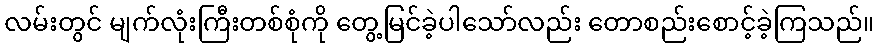
လမ်းတွင် မျက်လုံးကြီးတစ်စုံကို တွေ့မြင်ခဲ့ပါသော်လည်း တောစည်းစောင့်ခဲ့ကြသည်။